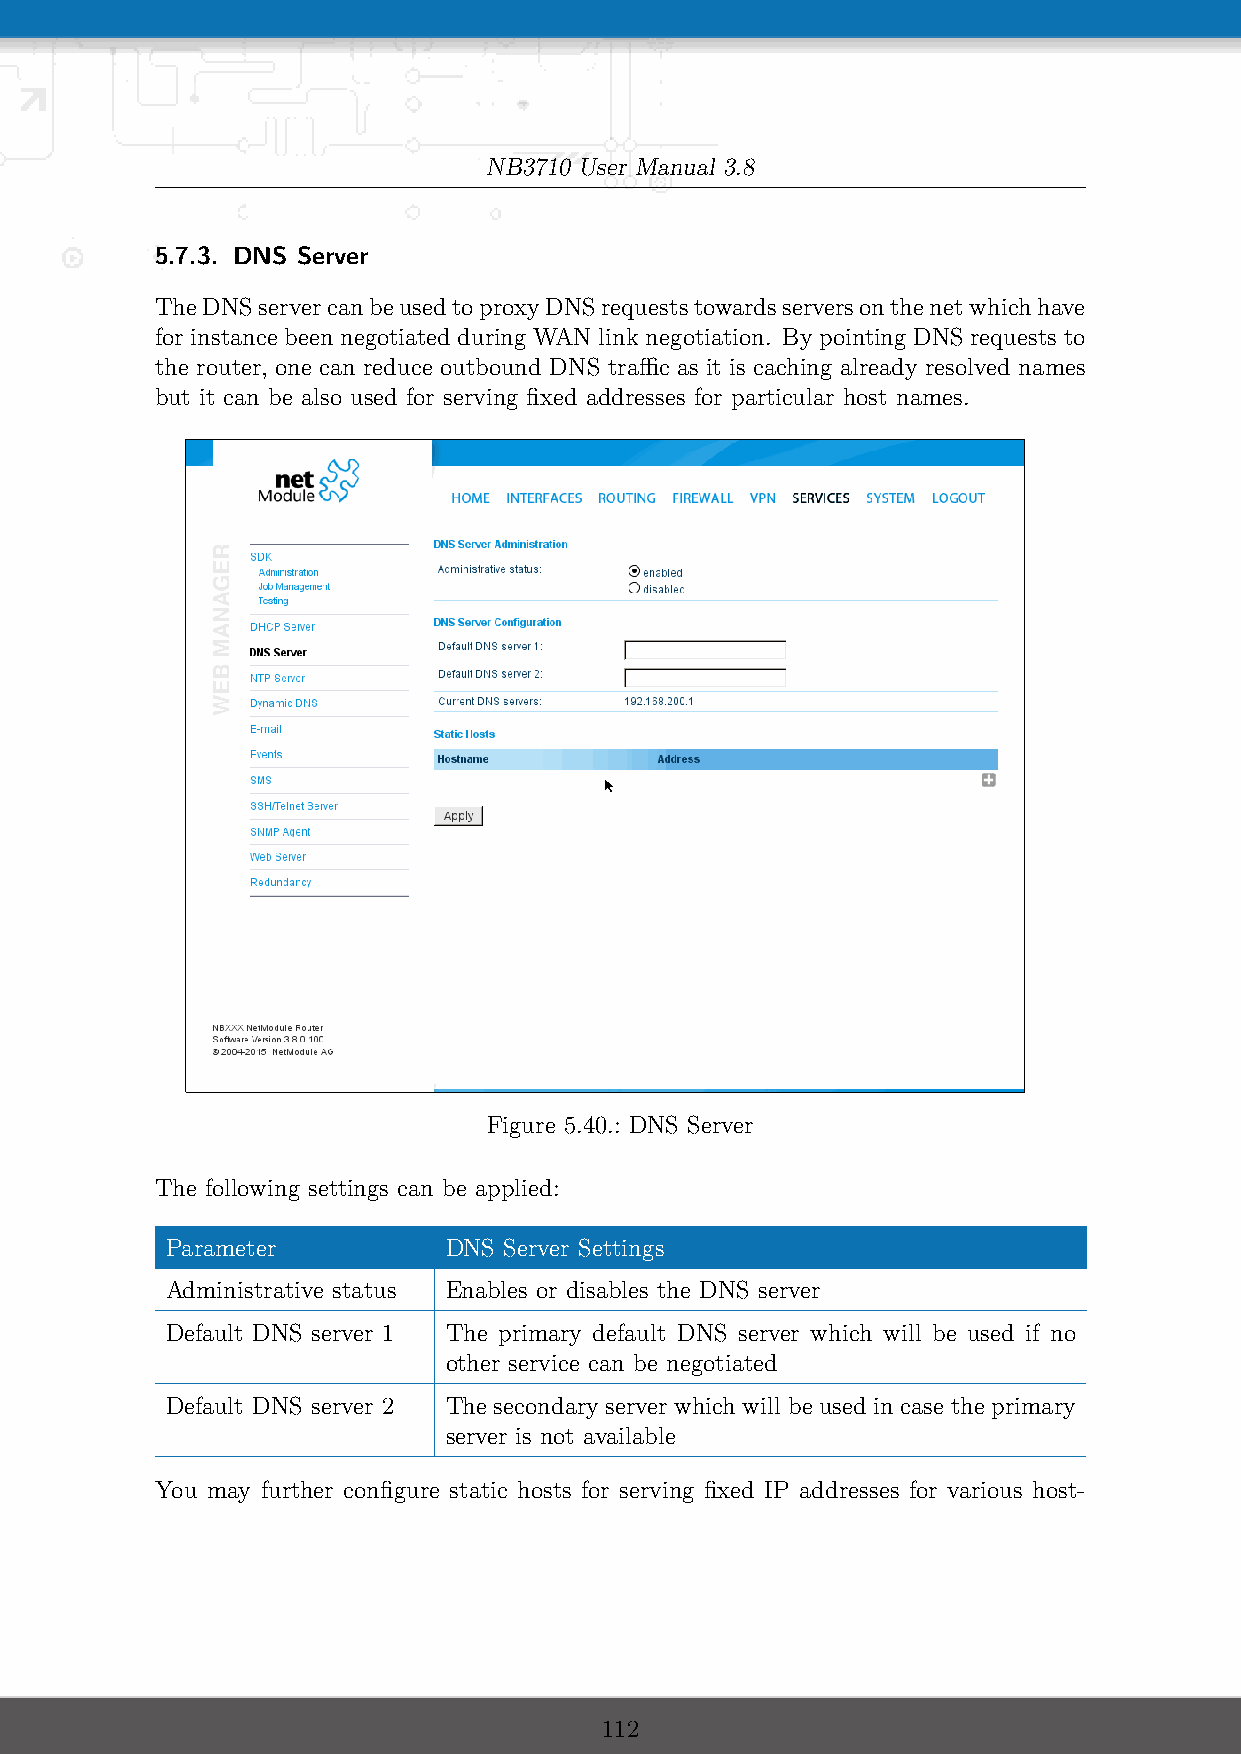
NB3710 User Manual 3.8
 5.7.3. DNS Server
 TheDNSservercanbeusedtoproxyDNSrequeststowardsserversonthenetwhichhave
 for instance been negotiated during WAN link negotiation. By pointing DNS requests to
 the router, one can reduce outbound DNS traffic as it is caching already resolved names
 but it can be also used for serving fixed addresses for particular host names.
 Figure 5.40.: DNS Server
 The following settings can be applied:
 Parameter         DNS Server Settings
 Administrative status Enables or disables the DNS server
 Default DNS server 1 The primary default DNS server which will be used if no
 other service can be negotiated
 Default DNS server 2 The secondary server which will be used in case the primary
 server is not available
 You may further configure static hosts for serving fixed IP addresses for various host-
 112